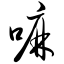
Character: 嘛